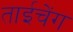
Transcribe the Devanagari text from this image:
ताईचेंग